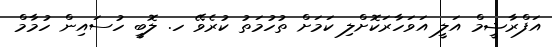
އަފްރާޝީމް އަލީ އަވަހާރަކޮށްލި ކަމަށް ތުހުމަތު ކުރެވޭ ހ. ލޮބީ ހުސައިން ހުމާމް